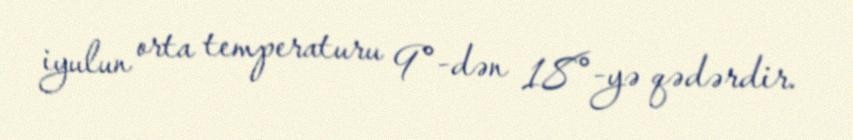
iyulun orta temperaturu 9°-dən 18°-yə qədərdir.